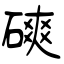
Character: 磢